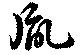
胤